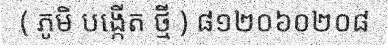
( ភូមិ បង្កើត ថ្មី ) ៨១២០៦០២០៨